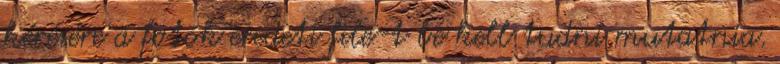
kérésére a fotók eredeti file-t be kell tudni mutatnia.